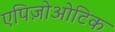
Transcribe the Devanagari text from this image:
एपिज़ोओटिक